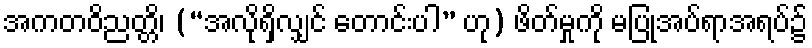
အကတဝိညတ္တိ၊ (“အလိုရှိလျှင် တောင်းပါ” ဟု) ဖိတ်မှုကို မပြုအပ်ရာအရပ်၌